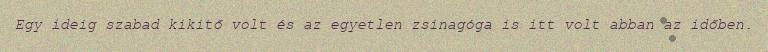
Egy ideig szabad kikitő volt és az egyetlen zsinagóga is itt volt abban az időben.